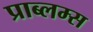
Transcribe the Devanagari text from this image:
प्राब्लम्स